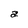
Character: a